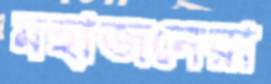
মহাজনেরা